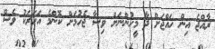
ރާއްޖެ އިން ހައްޖަށް ދާ މީހުންނަށް ވިސާ ޖެހުމަށް ކޮންމެ އަހަރަކު ވެސް